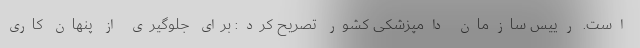
است. رییس سازمان دامپزشکی کشور تصریح کرد: برای جلوگیری از پنهان کاری